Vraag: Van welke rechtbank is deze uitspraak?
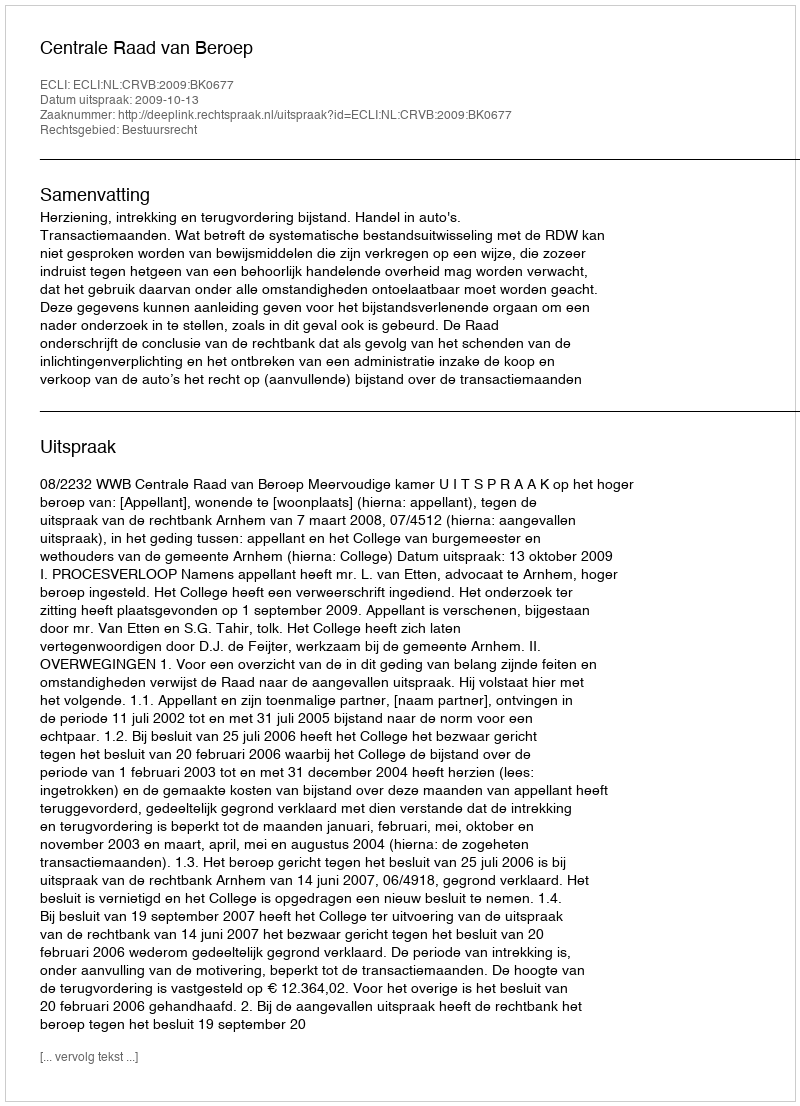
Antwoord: Centrale Raad van Beroep